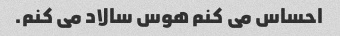
احساس می کنم هوس سالاد می کنم.